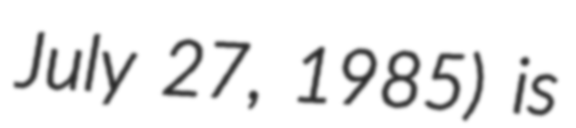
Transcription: July 27, 1985) is